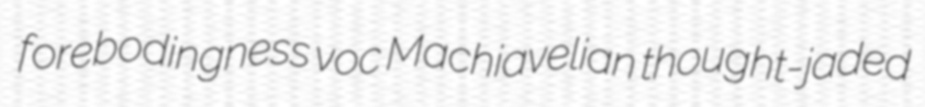
forebodingness voc Machiavelian thought-jaded